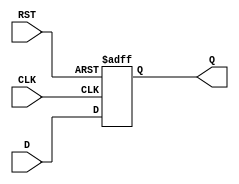

module DFF
  (output reg Q,
   input wire D,
   input wire CLK,
   input wire RST
   /* */);

   always @(posedge CLK or posedge RST)
     if (RST)
       Q <= 0;
     else
       Q <= D;

endmodule // dut

module main;

   wire q;
   reg	d, clk, rst;
   DFF dut (.Q(q), .D(d), .CLK(clk), .RST(rst));

   initial begin
      clk <= 1;
      d <= 1;

      #1 rst <= 1;
      #1 if (q !== 1'b0) begin
	 $display("FAILED -- RST=%b, Q=%b", rst, q);
	 $finish;
      end

      #1 rst <= 0;
      #1 if (q !== 1'b0) begin
	 $display("FAILED -- RST=%b, Q=%b", rst, q);
	 $finish;
      end

      #1 clk <= 0;
      #1 clk <= 1;
      #1 if (q !== d) begin
	 $display("FAILED -- Q=%b, D=%b", q, d);
	 $finish;
      end

      $display("PASSED");
      $finish;
   end

endmodule // main